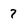
Character: 7